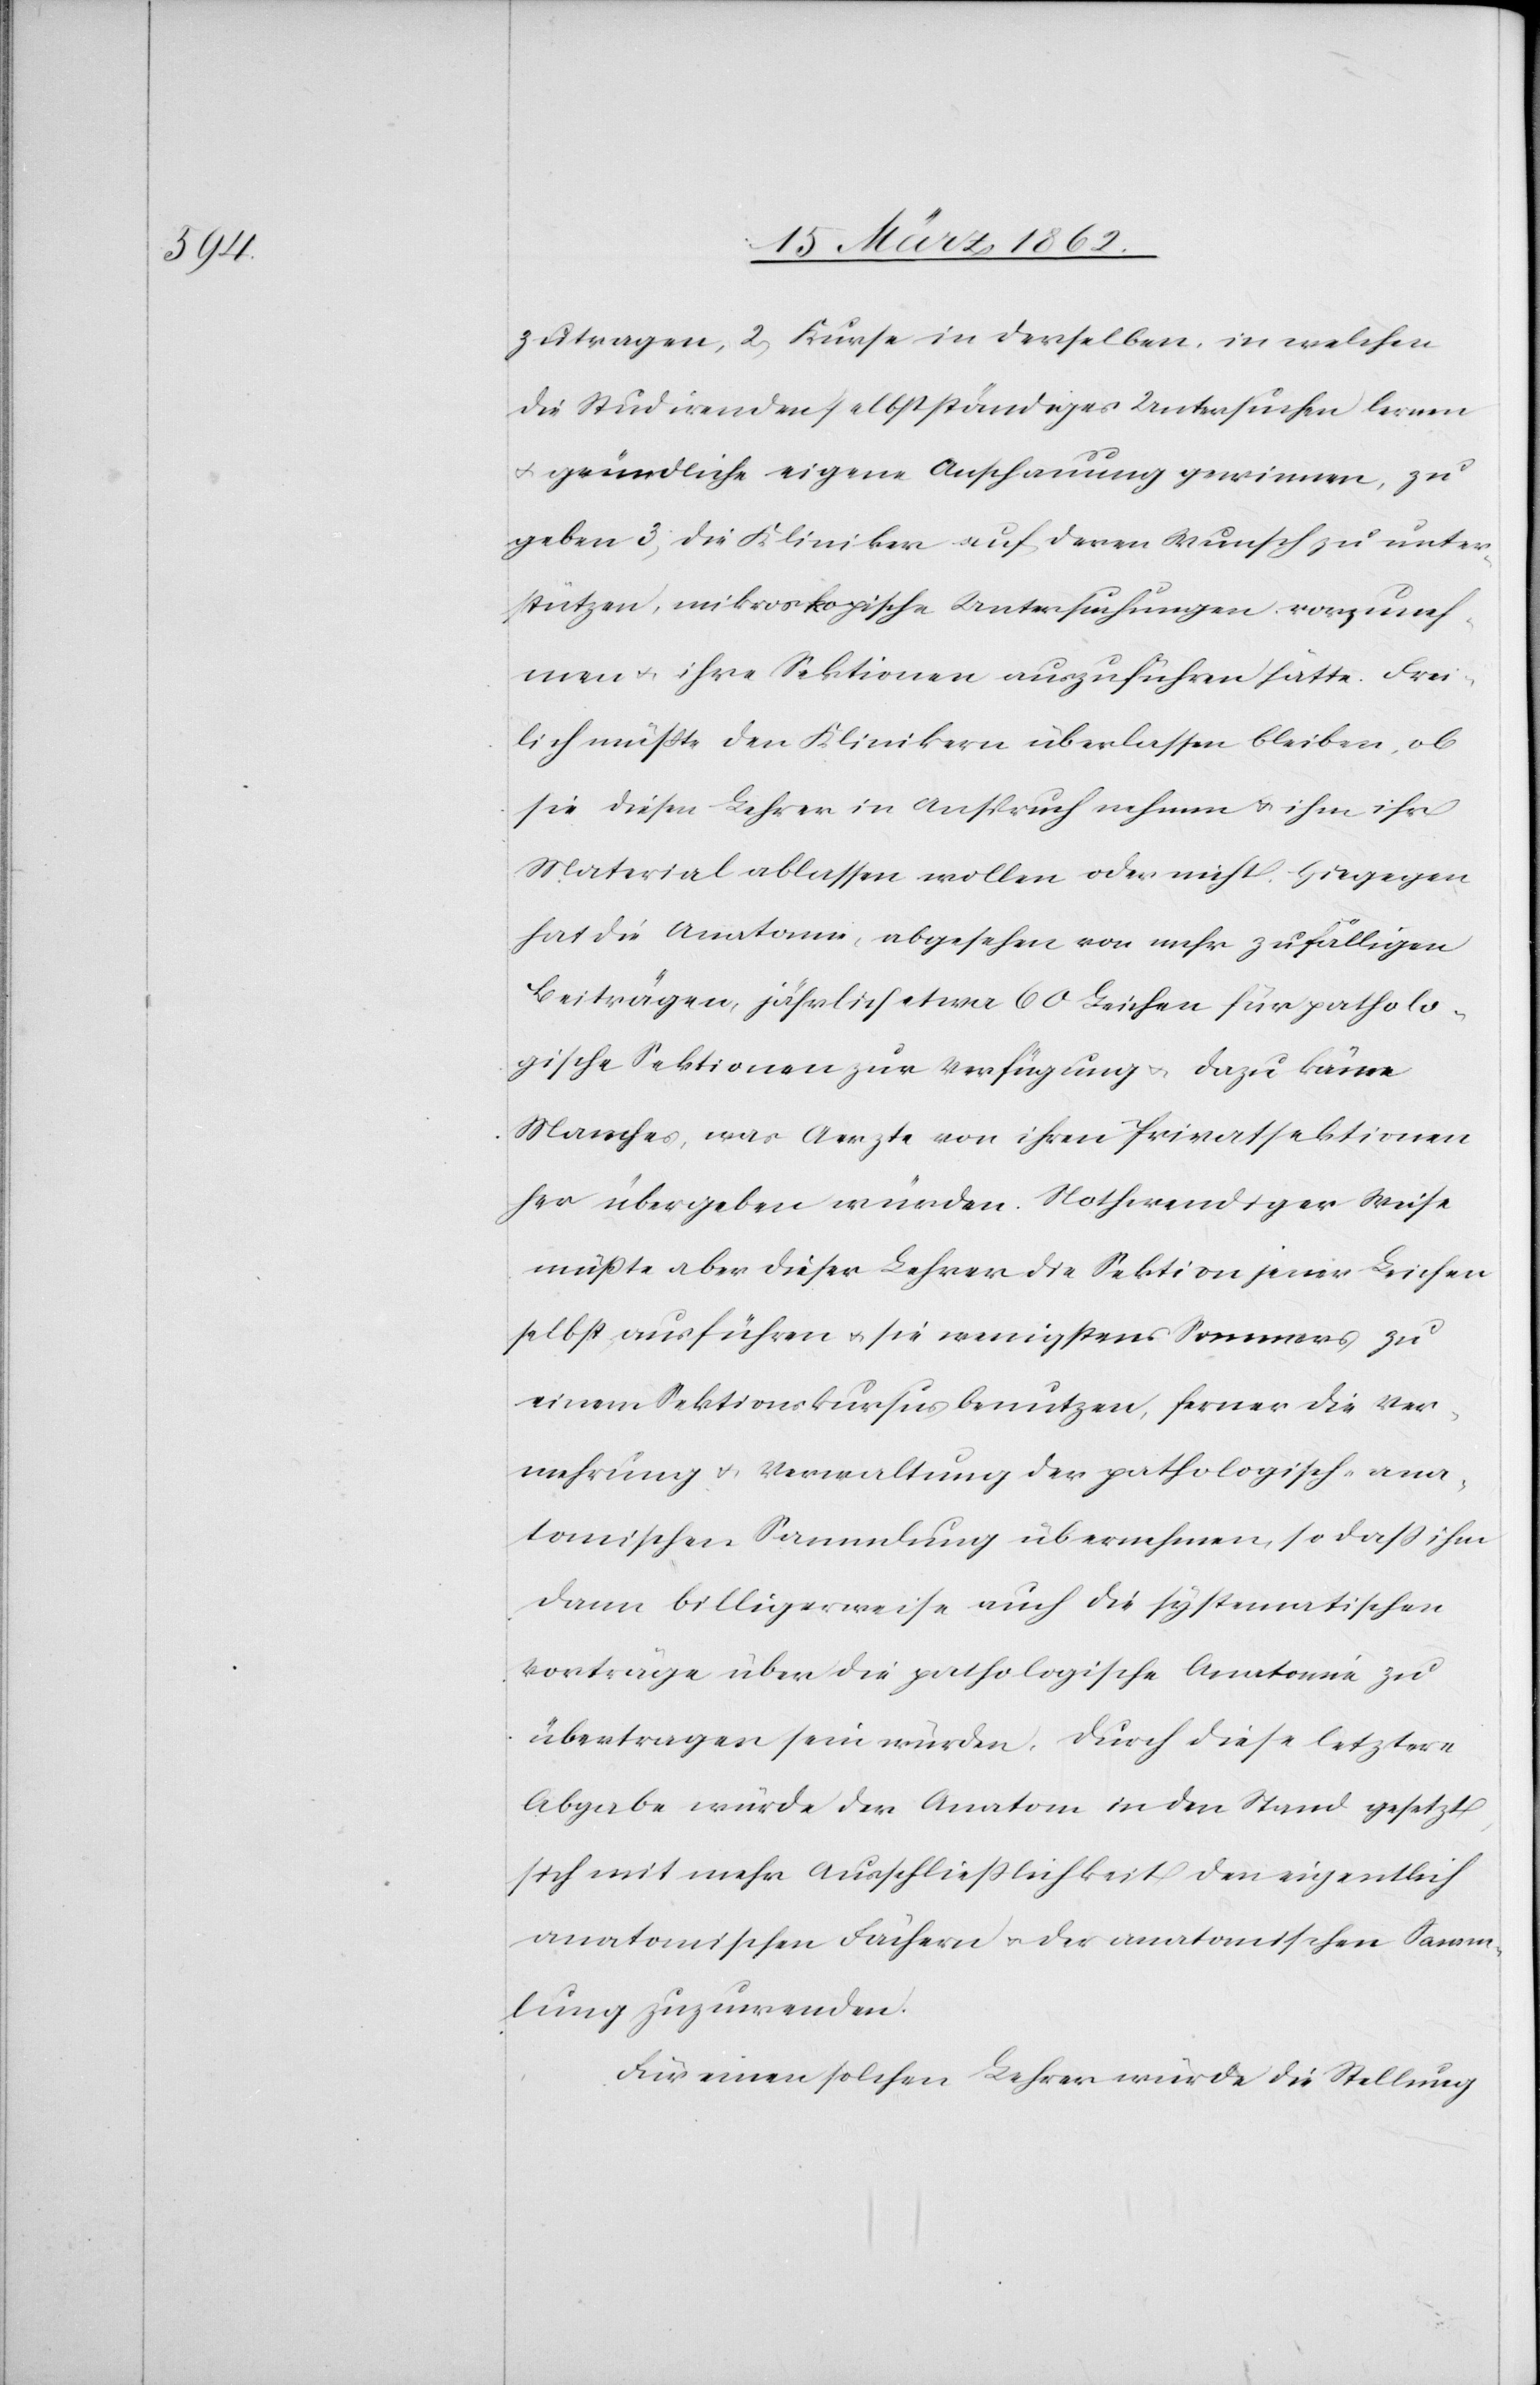
zutragen, 2) Kurse in derselben, in welchen
die Studirenden selbstständiges Untersuchen lernen
u. gründliche eigene Anschauung gewinnen, zu
geben[,] 3) die Kliniker auf deren Wunsch zu unter¬
stützen, mikroskopische Untersuchungen vorzuneh¬
men u. ihre Sektionen auszuführen hätte. Frei¬
lich müßte den Klinkern überlassen bleiben, ob
sie diesen Lehrer in Anspruch nehmen u. ihm ihr
Material ablassen wollen oder nicht. Hingegen
hat die Anatomie, abgesehen von mehr zufälligen
Beiträgen, jährlich etwa 60 Leichen für patholo¬
gische Sektionen zur Verfügung u. dazu käme
Manches, was Aerzte von ihren Privatsektionen
her übergeben würden. Nothweniger Weise
müßte aber dieser Lehrer die Sektion jener Leichen
selbst ausführen u. sie wenigstens Sommers zu
einem Sektionskursus benutzen, ferner die Ver¬
mehrung u. Verwaltung der pathologisch-ana¬
tomischen Sammlung übernehmen, so daß ihm
dann billigerweise auch die systematischen
Vorträge über die pathologische Anatomie zu
übertragen sein würden. Durch diese letztere
Abgabe würde der Anatom in den Stand gesetzt,
sich mit mehr Ausschließlichkeit den eigentlich
anatomischen Fächern u. der anatomischen Samm¬
lung zuzuwenden.
Für einen solchen Lehrer würde die Stellung